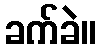
ခက်ခဲ။